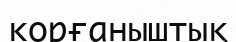
корғаныштық